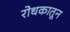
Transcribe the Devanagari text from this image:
रोधकातून